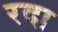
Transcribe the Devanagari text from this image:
रदा